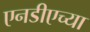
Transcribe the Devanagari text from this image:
एनडीएच्या